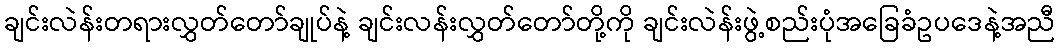
ချင်းလဲန်းတရားလွှတ်တော်ချုပ်နဲ့ ချင်းလန်းလွှတ်တော်တို့ကို ချင်းလဲန်းဖွဲ့စည်းပုံအခြေခံဥပဒေနဲ့အညီ